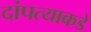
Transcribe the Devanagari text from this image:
दांपत्याकडे